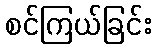
စင်ကြယ်ခြင်း